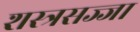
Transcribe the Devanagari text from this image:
शस्त्रसज्जा